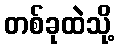
တစ်ခုထဲသို့